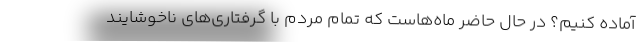
آماده کنیم؟ در حال حاضر ماه‌هاست که تمام مردم با گرفتاری‌های ناخوشایند